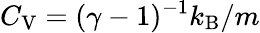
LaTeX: C_{\mathrm{V}}=(\gamma-1)^{-1}k_{\mathrm{B}}/m